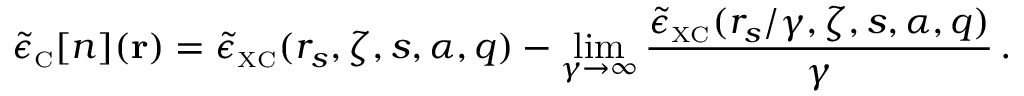
\tilde { \epsilon } _ { \scriptscriptstyle \mathrm { C } } [ n ] ( { \bf r } ) = \tilde { \epsilon } _ { \scriptscriptstyle \mathrm { X C } } ( r _ { s } , \zeta , s , \alpha , q ) - \operatorname* { l i m } _ { \gamma \to \infty } \frac { \tilde { \epsilon } _ { \scriptscriptstyle \mathrm { X C } } ( r _ { s } / \gamma , \zeta , s , \alpha , q ) } { \gamma } \, .